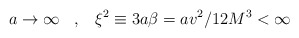
\begin{align*}a\rightarrow \infty\,\,\,\,\,,\,\,\,\,\,\xi^2\equiv 3a\beta=av^2/12M^3<\infty\end{align*}